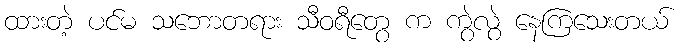
ထားတဲ့ ပင်မ သဘောတရား သီဝရီတွေ က ကွဲလွဲ နေကြသေးတယ်